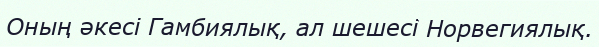
Оның әкесі Гамбиялық, ал шешесі Норвегиялық.